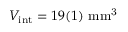
V _ { \mathrm { i n t } } = 1 9 ( 1 ) ~ \mathrm { m m ^ { 3 } }